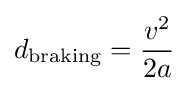
d_{\text{braking}}={\frac {v^{2}}{2a}}